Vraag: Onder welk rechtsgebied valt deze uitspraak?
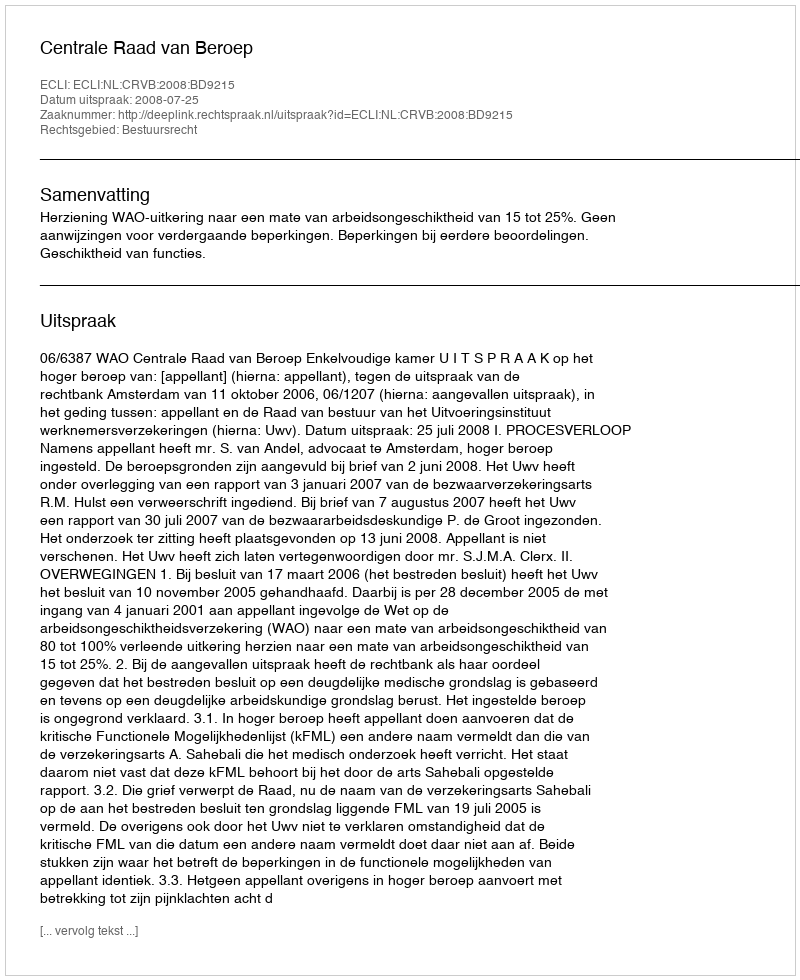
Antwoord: Bestuursrecht